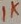
Text: 1K